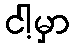
ငါ့မှာ